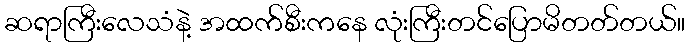
ဆရာကြီးလေသံနဲ့ အထက်စီးကနေ လုံးကြီးတင်ပြောမိတတ်တယ်။